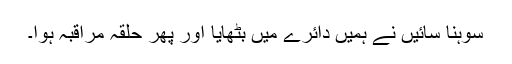
سوہنا سائیں نے ہمیں دائرے میں بٹھایا اور پھر حلقہ مراقبہ ہوا۔